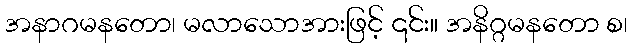
အနာဂမနတော၊ မလာသောအားဖြင့် ၎င်း။ အနိဂ္ဂမနတော စ၊